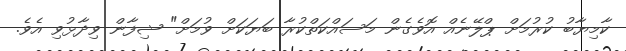
ކާމިޔާބު ކުުރުމަށް ޕްލޭނެއް އޮވެގެން މަސައްކަތްކުރާ ބަޔަކަށް ވުމަށް" ޝިފާން ވިދާޅުވި އެވެ.